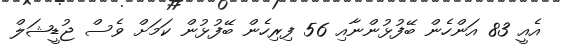
އެއީ 83 އަންހެން ބޭފުޅުންނާއި 56 ފިރިހެން ބޭފުޅުން ކަމަށް ވެސް ޖުޑީޝަލް